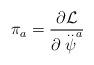
LaTeX: \begin{align*}\pi _a=\frac{\partial {\cal L}}{\partial \stackrel{..}{\psi }^a}\end{align*}